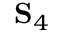
\mathbf { S } _ { 4 }